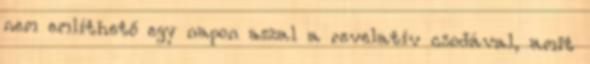
nem említhető egy napon azzal a revelatív csodával, amit